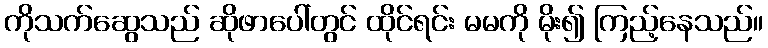
ကိုသက်ဆွေသည် ဆိုဖာပေါ်တွင် ထိုင်ရင်း မမကို မိုး၍ ကြည့်နေသည်။